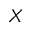
X